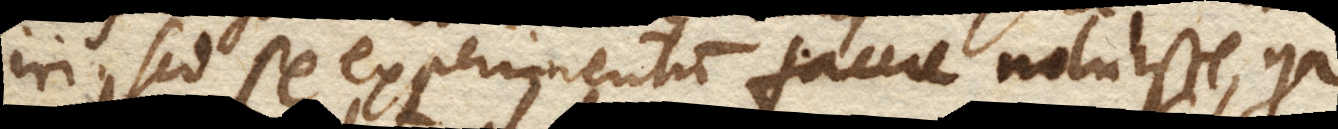
iri. Sed se experimentum facere noluisse, quia